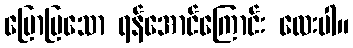
ပြောပြသော ရန်အောင်ကြောင်း လေးပါ။